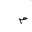
Letter: _mim